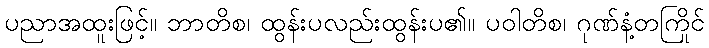
ပညာအထူးဖြင့်။ ဘာတိစ၊ ထွန်းပလည်းထွန်းပ၏။ ပဝါတိစ၊ ဂုဏ်နံ့တကြိုင်